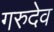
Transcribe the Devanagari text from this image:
गरुदेव